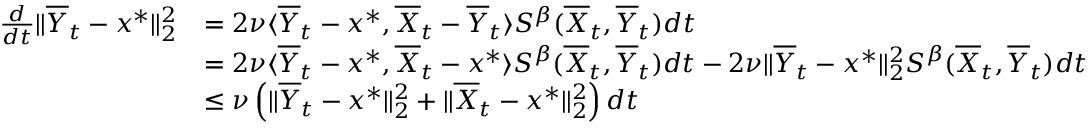
\begin{array} { r l } { \frac { d } { d t } \| \overline { Y } _ { t } - x ^ { * } \| _ { 2 } ^ { 2 } } & { = 2 \nu \langle \overline { Y } _ { t } - x ^ { * } , \overline { X } _ { t } - \overline { Y } _ { t } \rangle S ^ { \beta } ( \overline { X } _ { t } , \overline { Y } _ { t } ) d t } \\ & { = 2 \nu \langle \overline { Y } _ { t } - x ^ { * } , \overline { X } _ { t } - x ^ { * } \rangle S ^ { \beta } ( \overline { X } _ { t } , \overline { Y } _ { t } ) d t - 2 \nu \| \overline { Y } _ { t } - x ^ { * } \| _ { 2 } ^ { 2 } S ^ { \beta } ( \overline { X } _ { t } , \overline { Y } _ { t } ) d t } \\ & { \leq \nu \left( \| \overline { Y } _ { t } - x ^ { * } \| _ { 2 } ^ { 2 } + \| \overline { X } _ { t } - x ^ { * } \| _ { 2 } ^ { 2 } \right) d t } \end{array}